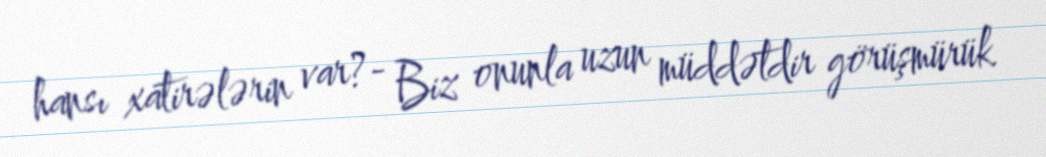
hansı xatirələrin var?- Biz onunla uzun müddətdir görüşmürük.